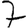
Digit: 7